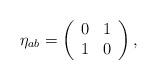
LaTeX: \begin{align*}\eta_{ab} = \left( \begin{array}{cc} 0&1 \\ 1&0 \end{array} \right),\end{align*}